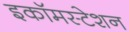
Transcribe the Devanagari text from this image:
इकॉमस्टेशन